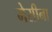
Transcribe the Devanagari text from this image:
मेसीना